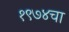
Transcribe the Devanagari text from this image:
१९७४चा